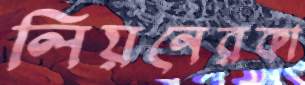
লিয়নেরকা